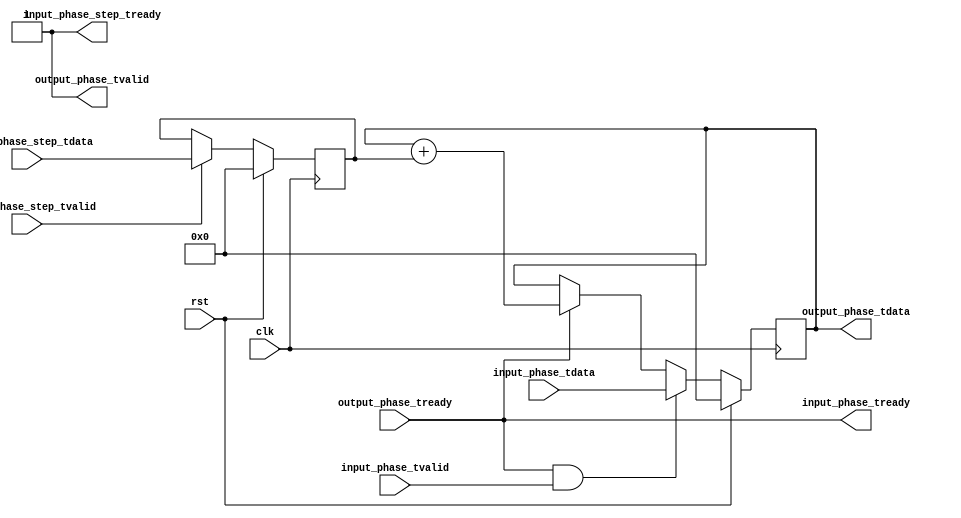
module phase_accumulator #
(
    parameter WIDTH = 32,
    parameter INITIAL_PHASE = 0,
    parameter INITIAL_PHASE_STEP = 0
)
(
    input  wire             clk,
    input  wire             rst,

    /*
     * AXI stream phase input
     */
    input  wire [WIDTH-1:0] input_phase_tdata,
    input  wire             input_phase_tvalid,
    output wire             input_phase_tready,

    /*
     * AXI stream phase step input
     */
    input  wire [WIDTH-1:0] input_phase_step_tdata,
    input  wire             input_phase_step_tvalid,
    output wire             input_phase_step_tready,

    /*
     * AXI stream phase output
     */
    output wire [WIDTH-1:0] output_phase_tdata,
    output wire             output_phase_tvalid,
    input  wire             output_phase_tready
);

reg [WIDTH-1:0] phase_reg = INITIAL_PHASE;
reg [WIDTH-1:0] phase_step_reg = INITIAL_PHASE_STEP;

assign input_phase_tready = output_phase_tready;
assign input_phase_step_tready = 1;
assign output_phase_tdata = phase_reg;
assign output_phase_tvalid = 1;

always @(posedge clk) begin
    if (rst) begin
        phase_reg <= INITIAL_PHASE;
        phase_step_reg <= INITIAL_PHASE_STEP;
    end else begin
        if (input_phase_tready & input_phase_tvalid) begin
            phase_reg <= input_phase_tdata;
        end else if (output_phase_tready) begin
            phase_reg <= phase_reg + phase_step_reg;
        end

        if (input_phase_step_tvalid) begin
            phase_step_reg <= input_phase_step_tdata;
        end
    end
end

endmodule